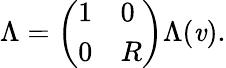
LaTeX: \Lambda=\left(\begin{array}{ll}{1}&{0}\\ {0}&{R}\end{array}\right)\Lambda(\mathit{v}).